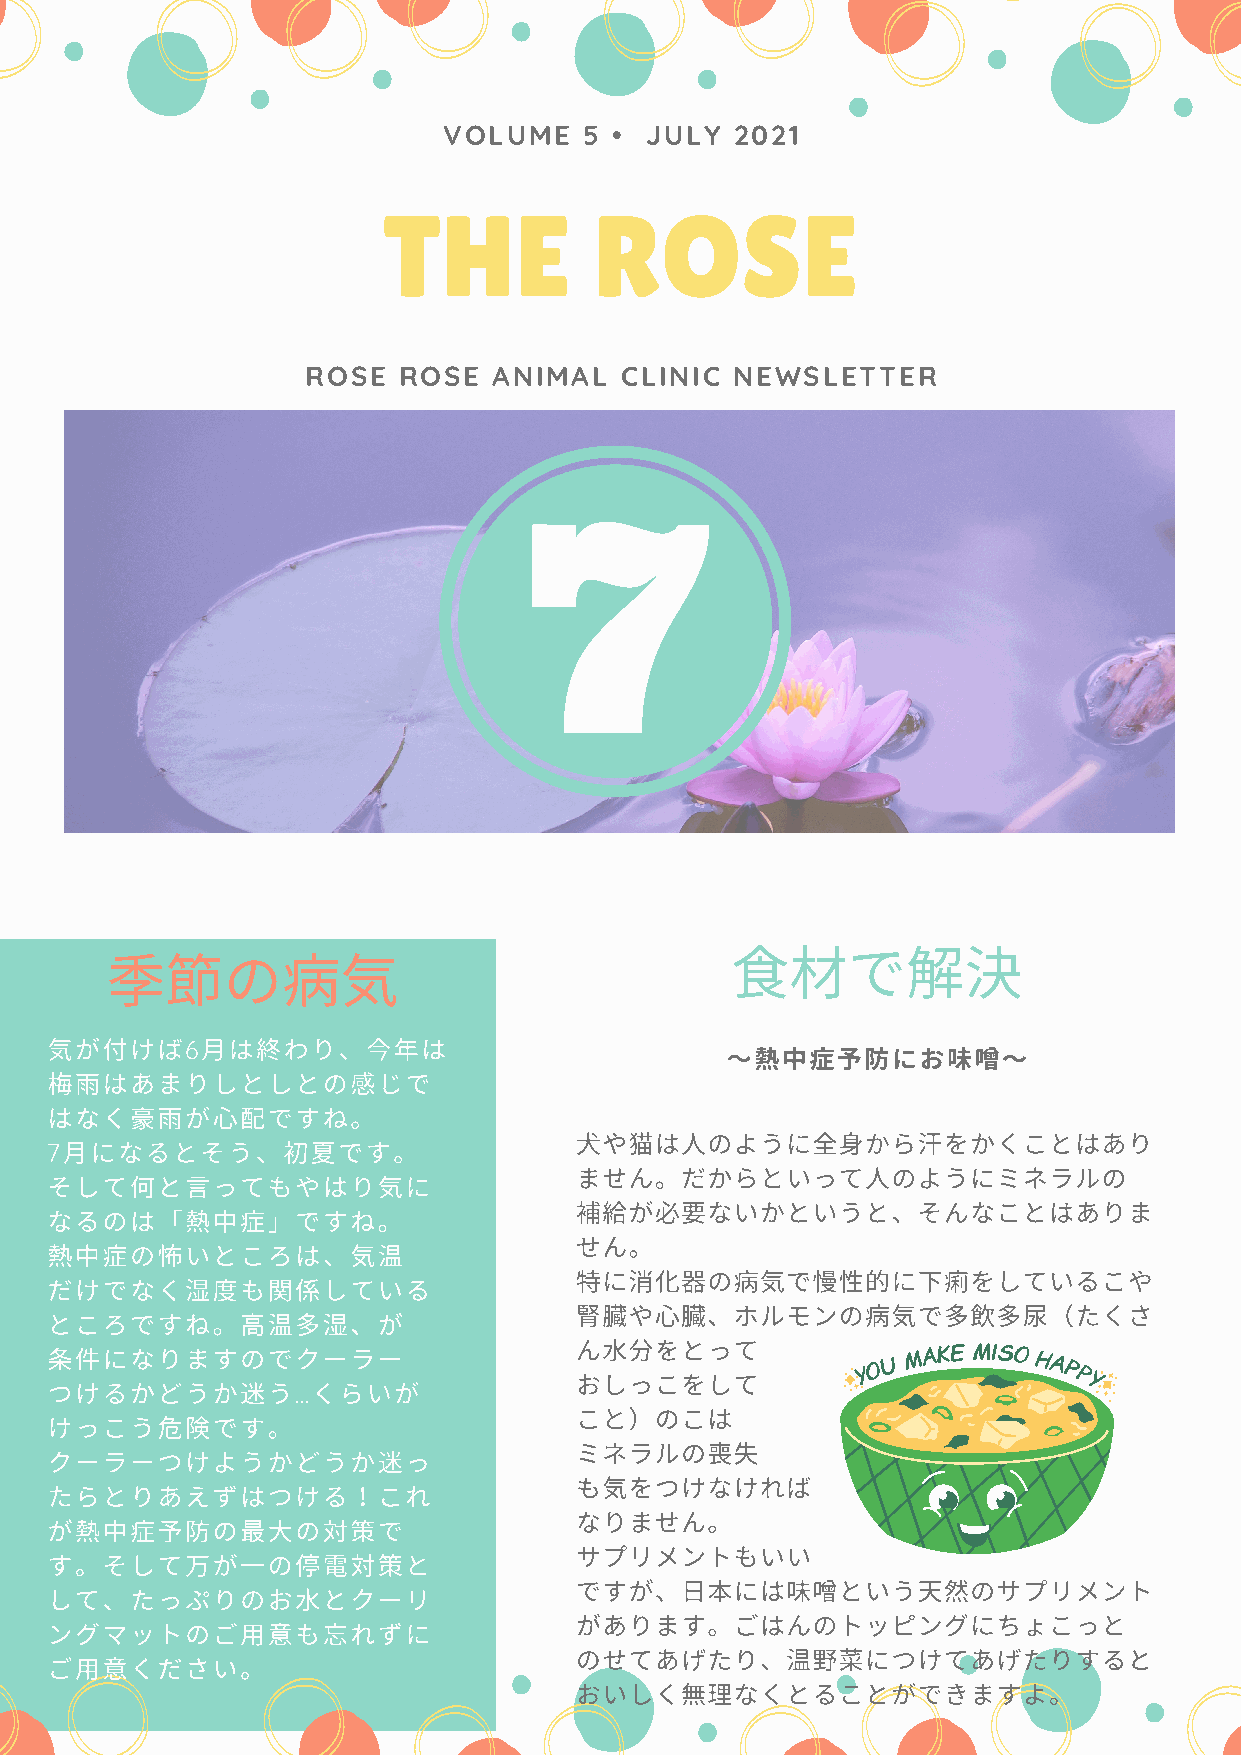
VOLUME    5 • JULY  2021
 THE           ROSE
 ROSE  ROSE   ANIMAL  CLINIC  NEWSLETTER
 材で決
 の気
 気が付けば     ⽉はわり、年は
 6                                   〜中予にお味〜
 ⾬はあまりしとしとのじで
 はなく⾬が配ですね。
 ⽝や猫はのようにから汗をかくことはあり
 ⽉になるとそう、夏です。
 7
 ません。だからといってのようにミネラルの
 そして何とってもやはり気に
 が必ないかというと、そんなことはありま
 なるのは「中」ですね。
 せん。
 中の怖いところは、気温
 に消の気で性的に下痢をしているこや
 だけでなく湿度もしている
 や、ホルモンの気で尿（たくさ
 ところですね。温湿、が
 んをとって
 件になりますのでクーラー
 おしっこをして
 つけるかどうかう         くらいが
 …
 こと）のこは
 けっこうです。
 ミネラルの失
 クーラーつけようかどうかっ
 も気をつけなければ
 たらとりあえずはつけるこれ
 なりません。
 が中予の⼤の策で
 サプリメントもいい
 す。そして万が⼀の電策と
 ですが、⽇には味というのサプリメント
 して、たっぷりのおとクーリ
 があります。ごはんのトッピングにちょこっと
 ングマットのご⽤もれずに
 のせてあげたり、温野菜につけてあげたりすると
 ご⽤ください。
 おいしく理なくとることができますよ。